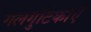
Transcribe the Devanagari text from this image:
गलगुटिकाएँ